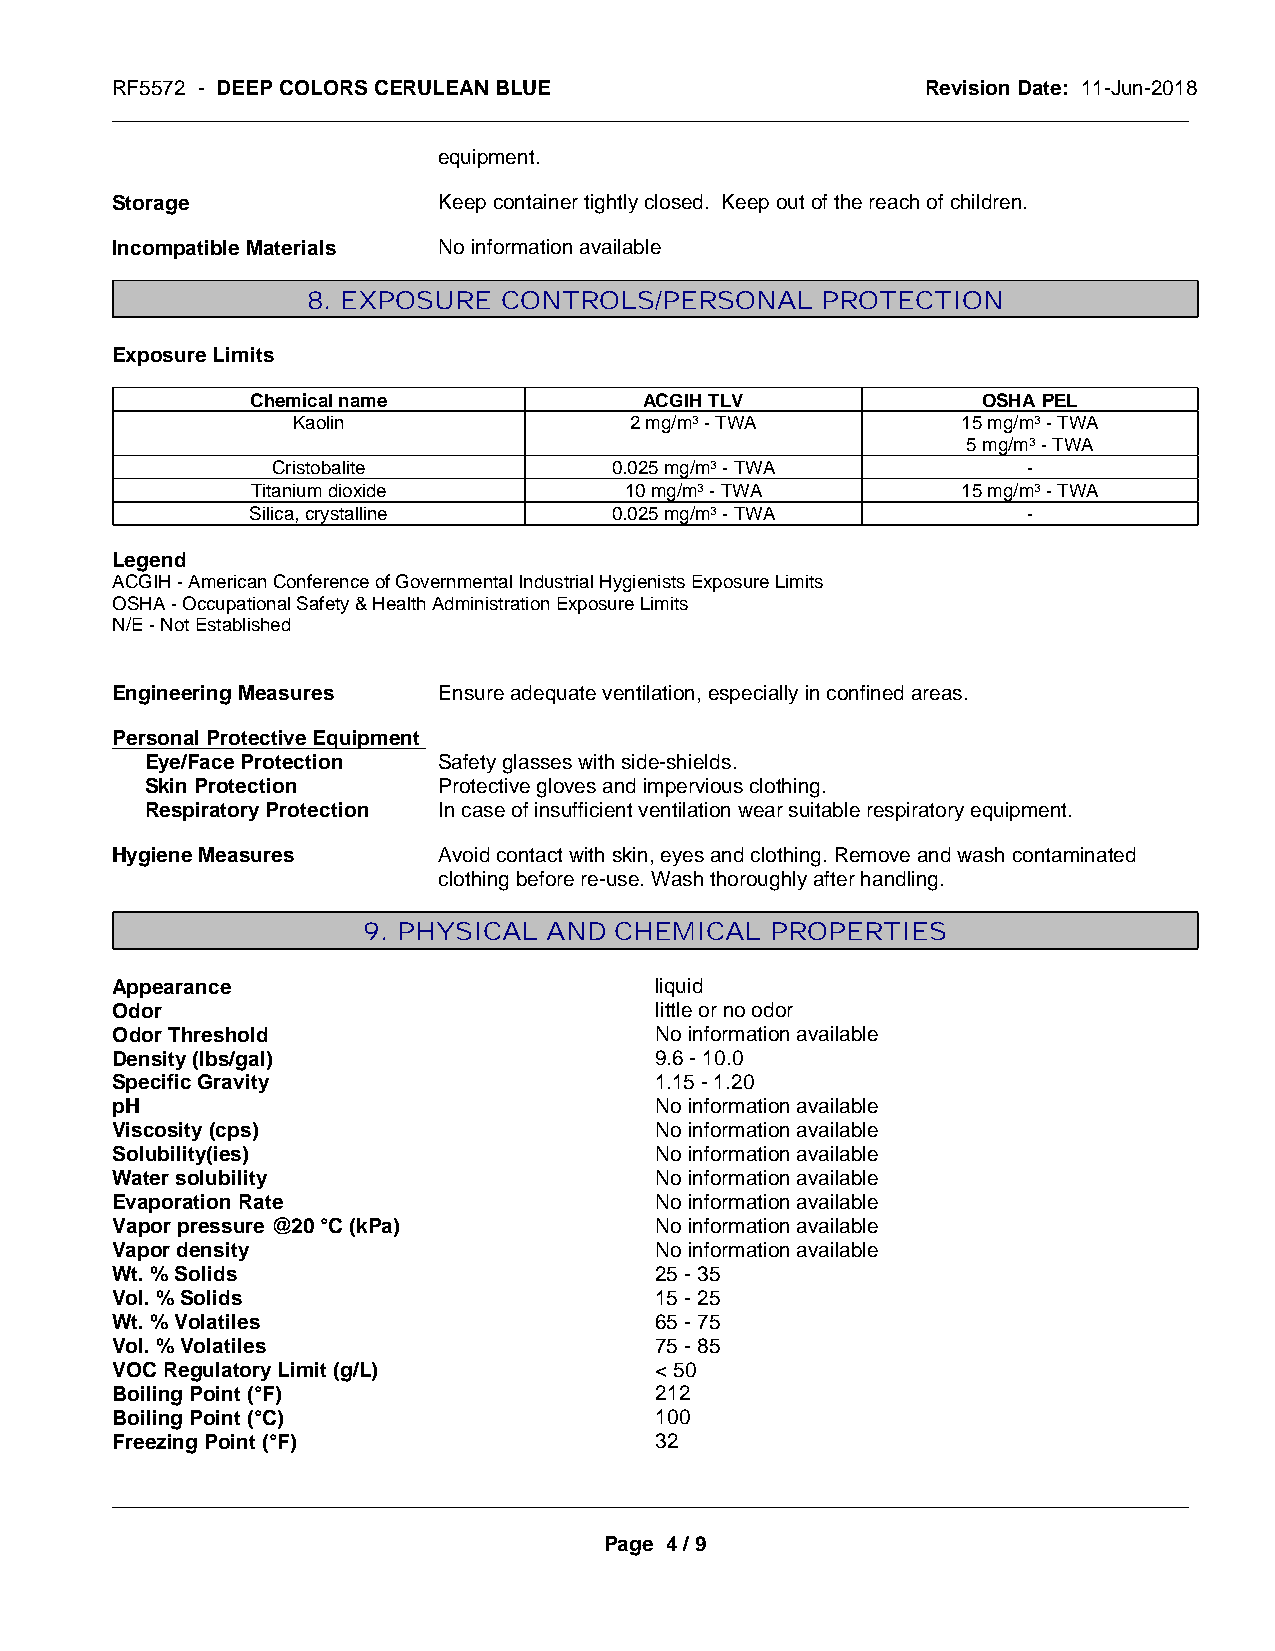
RF5572 - DEEP COLORS CERULEAN BLUE                    Revision Date: 11-Jun-2018
 _____________________________________________________________________________________________
 equipment.
 Storage               Keep container tightly closed. Keep out of the reach of children.
 Incompatible Materials No information available
 8. EXPOSURE  CONTROLS/PERSONAL    PROTECTION
 Exposure Limits
 Chemical name             ACGIH TLV             OSHA PEL
 Kaolin                 2 mg/m3 - TWA         15 mg/m3 - TWA
 5 mg/m3 - TWA
 Cristobalite          0.025 mg/m3 - TWA           -
 Titanium dioxide        10 mg/m3 - TWA         15 mg/m3 - TWA
 Silica, crystalline    0.025 mg/m3 - TWA           -
 Legend
 ACGIH - American Conference of Governmental Industrial Hygienists Exposure Limits
 OSHA - Occupational Safety & Health Administration Exposure Limits
 N/E - Not Established
 Engineering Measures  Ensure adequate ventilation, especially in confined areas.
 Personal Protective Equipment
 Eye/Face Protection Safety glasses with side-shields.
 Skin Protection    Protective gloves and impervious clothing.
 Respiratory Protection In case of insufficient ventilation wear suitable respiratory equipment.
 Hygiene Measures      Avoid contact with skin, eyes and clothing. Remove and wash contaminated
 clothing before re-use. Wash thoroughly after handling.
 9. PHYSICAL AND  CHEMICAL  PROPERTIES
 Appearance                          liquid
 Odor                                little or no odor
 Odor Threshold                      No information available
 Density (lbs/gal)                   9.6 - 10.0
 Specific Gravity                    1.15 - 1.20
 pH                                  No information available
 Viscosity (cps)                     No information available
 Solubility(ies)                     No information available
 Water solubility                    No information available
 Evaporation Rate                    No information available
 Vapor pressure @20 °C (kPa)         No information available
 Vapor density                       No information available
 Wt. % Solids                        25 - 35
 Vol. % Solids                       15 - 25
 Wt. % Volatiles                     65 - 75
 Vol. % Volatiles                    75 - 85
 VOC Regulatory Limit (g/L)          < 50
 Boiling Point (°F)                  212
 Boiling Point (°C)                  100
 Freezing Point (°F)                 32
 _____________________________________________________________________________________________
 Page 4 / 9